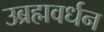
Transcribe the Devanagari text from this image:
उब्रह्मवर्धन